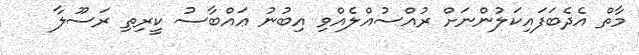
މާތް އެދެބަފައިކަލުންނަށް ރުއްސުއްލެއްވި އިބުނު ޢައްބާސު ކީރިތި ރަސޫލާ